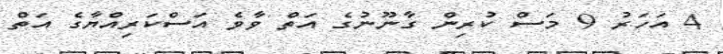
4 އަހަރު 9 މަސް ކުރިން ގާނޫނުގެ އަތް ވާވެ އަސްކަރިއްޔާގެ އަތް